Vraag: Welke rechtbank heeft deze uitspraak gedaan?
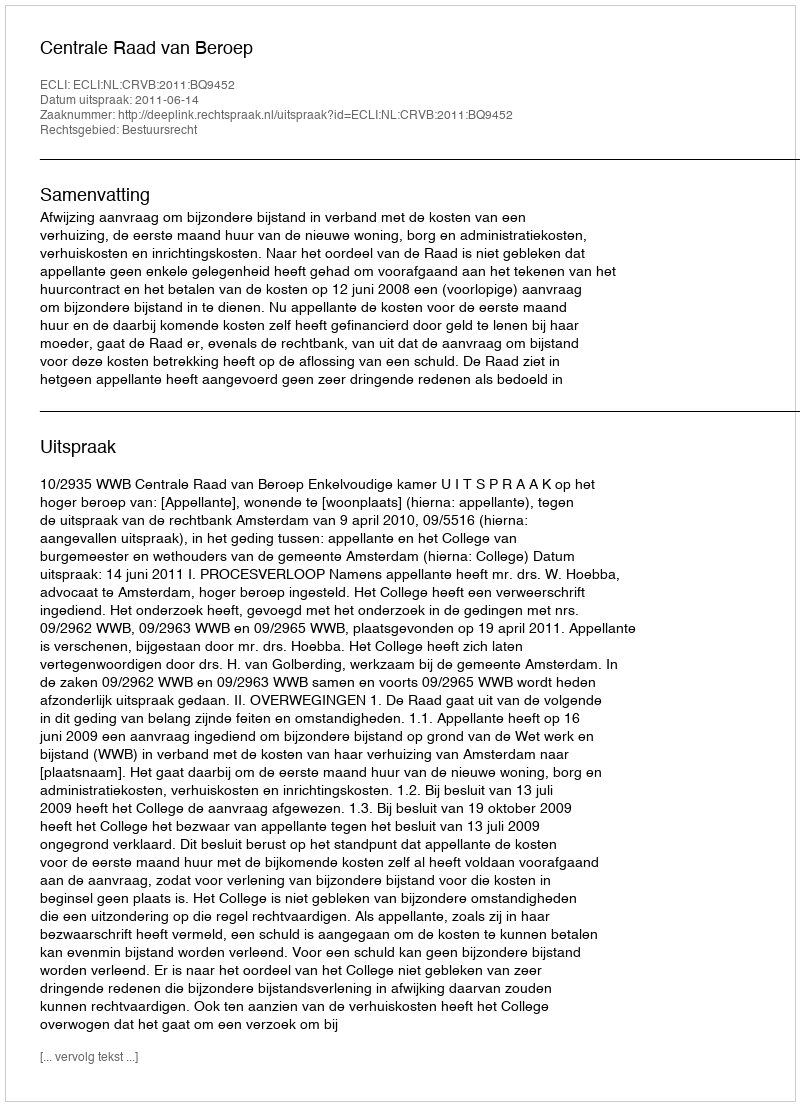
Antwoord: Centrale Raad van Beroep